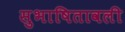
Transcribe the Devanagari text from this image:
सुभाषितावली